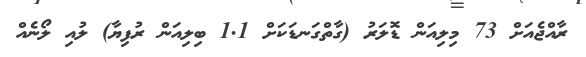
ރާއްޖެއަށް 73 މިލިއަން ޑޮލަރު (ގާތްގަނޑަކަށް 1.1 ބިލިއަން ރުފިޔާ) ލުއި ލޯނެއް